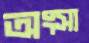
অংসা